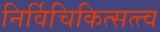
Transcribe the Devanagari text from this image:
निर्विचिकित्सत्त्व